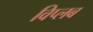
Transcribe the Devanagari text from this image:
विप्लब